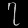
Digit: ၇